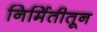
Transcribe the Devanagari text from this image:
निर्मितीतून